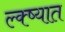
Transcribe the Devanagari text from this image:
ल्क्ष्यात